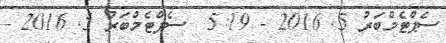
ސެޕްޓެމްބަރު 5